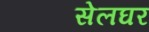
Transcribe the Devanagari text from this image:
सेलघर